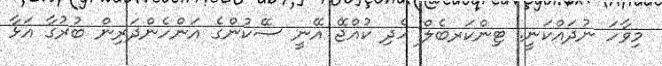
މިވާހަ ނުދައްކަނީ. ޓިންކަރބެލް ހެދި ކުއްޖޭ އޭނީ ސޭކުންގެ އަންހެންދަރިން ބުރުގާ އަޅާ